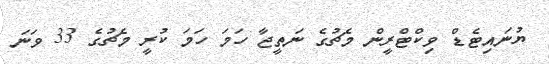
ޔުނައިޓެޑް ވިކްޓްރީން މެޗުގެ ނަތީޖާ ހަމަ ހަމަ ކުރީ މެޗުގެ 33 ވަނަ